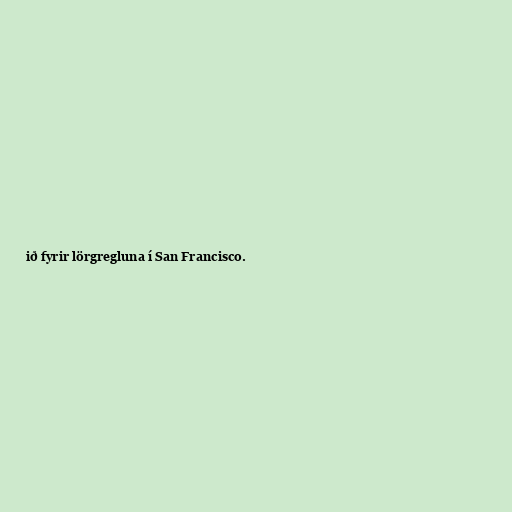
ið fyrir lörgregluna í San Francisco.